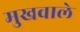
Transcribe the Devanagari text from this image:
मुखवाले